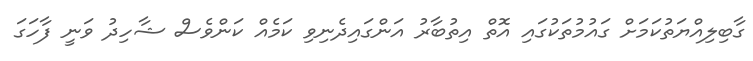
ގާބިލިއްޔަތުކަމަށް ގައުމުތަކުގައި އޮތް އިތުބާރު އަންގައިދެނިވި ކަމެއް ކަންވެސް ޝާހިދު ވަނީ ފާހަގަ